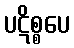
ပဋိစ္စပေ